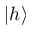
| h \rangle